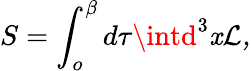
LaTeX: S=\int_{o}^{\beta}d\tau\intd^{3}\mathit{x}\cal{L},